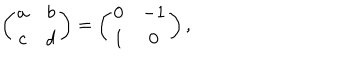
\left( \begin{array} { c c } { { a } } & { { b } } \\ { { c } } & { { d } } \\ \end{array} \right) = \left( \begin{array} { c c } { { 0 } } & { { - 1 } } \\ { { 1 } } & { { 0 } } \\ \end{array} \right) ,